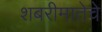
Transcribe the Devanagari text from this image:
शबरीमातेचे